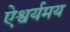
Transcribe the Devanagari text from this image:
ऐश्वर्यमय